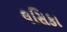
લસિકા